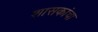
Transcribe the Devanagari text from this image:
शासकांचा